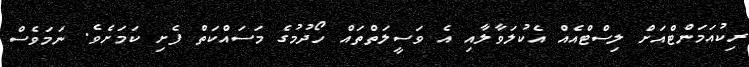
ރިކުއަމަންޓްއަށް ލިސްޓްއެއް އެކުލަވާލާއި އެ ވަސީލަތްތައް ހޯދުމުގެ މަސައްކަތް ފެށި ކަމަށެވެ. ނަމަވެސް